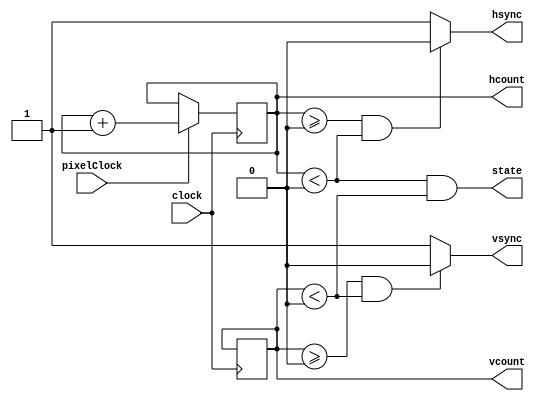
`timescale 1ns / 1ps
//////////////////////////////////////////////////////////////////////////////////
// Company: 
// Engineer: 
// 
// Design Name: 
// Module Name:    VGA_Counters 
// Project Name: 
// Target Devices: 
// Tool versions: 
// Description: 
//
// Dependencies: 
//
// Revision: 
// Revision 0.01 - File Created
// Additional Comments: 
//
//////////////////////////////////////////////////////////////////////////////////

/* VGA Timing Parameters -- see tinyvga.com for more information
 * 
 * WIDTH: bits in register hcount & vcount
 * H_VISIBLE: horizontal size of visible area 
 * H_FRONT: horizontal front porch of pulse
 * H_BACK: horizontal back porch of pulse
 * LINE: horizontal max size of value
 * V_VISIBLE: vertical size of visible area 
 * V_FRONT: vertical front porch of pulse
 * V_BACK: vertical back porch of pulse
 * FRAME: vertical max size of value
 * H_PULSE: horizontal synchronous pulse (0 - inactive, 1 - active) 
 * V_PULSE: vertical synchronous pulse (0 - inactive, 1 - active)
 */
module VGA_Counters
#(
  parameter 
  WIDTH = 12, 
  H_VISIBLE = 0, 
  H_FRONT = 0, 
  H_BACK = 0, 
  LINE = 0, 
  V_VISIBLE = 0, 
  V_FRONT = 0, 
  V_BACK = 0, 
  FRAME = 0, 
  H_PULSE  = 1'b0, 
  V_PULSE = 1'b0
)(
	input clock,
  input pixelClock,
	output wire hsync,
	output wire vsync,
	output reg [WIDTH - 1:0] hcount,
	output reg [WIDTH - 1:0] vcount,
	output wire state
);

initial 
begin
	hcount <= 0;
	vcount <= 0;
end

always @ (posedge clock)
begin
  if (pixelClock)
  begin
    hcount <= (hcount == (LINE -1)) ? 1'b0 : hcount + 1'b1;
    if (hcount == (LINE - 1)) 	
	    vcount <= (vcount == (FRAME - 1)) ? 1'b0 : vcount + 1'b1;
  end
  
end

// hsync & vsync & state
assign hsync = ((hcount >= H_FRONT + H_VISIBLE) && (hcount < LINE  - H_BACK)) ? H_PULSE : !H_PULSE;
assign vsync = ((vcount >= V_FRONT + V_VISIBLE) && (vcount < FRAME - V_BACK)) ? V_PULSE : !V_PULSE;
assign state = ((hcount < H_VISIBLE) & (vcount < V_VISIBLE));

endmodule